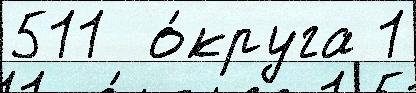
511  о́круга 1